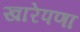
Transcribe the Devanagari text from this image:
खारेपणा